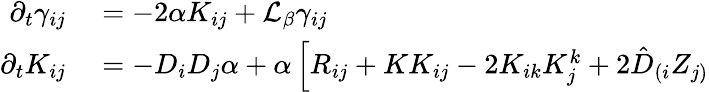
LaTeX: \begin{array}{rl}{\partial_{t}\gamma_{ij}}&{{}=-2\alpha K_{ij}+\mathcal{L}_{\beta}\gamma_{ij}}\\ {\partial_{t}K_{ij}}&{{}=-D_{i}D_{j}\alpha+\alpha\left[R_{ij}+KK_{ij}-2K_{ik}K_{j}^{k}+2\hat{D}_{(i}Z_{j)}\right.}\end{array}